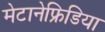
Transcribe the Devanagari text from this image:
मेटानेफ्रिडिया